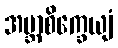
အဗ္ဘာစိက္ခေယျံ